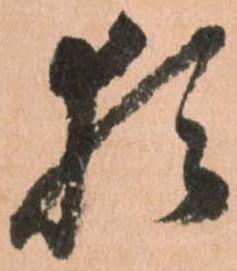
猶